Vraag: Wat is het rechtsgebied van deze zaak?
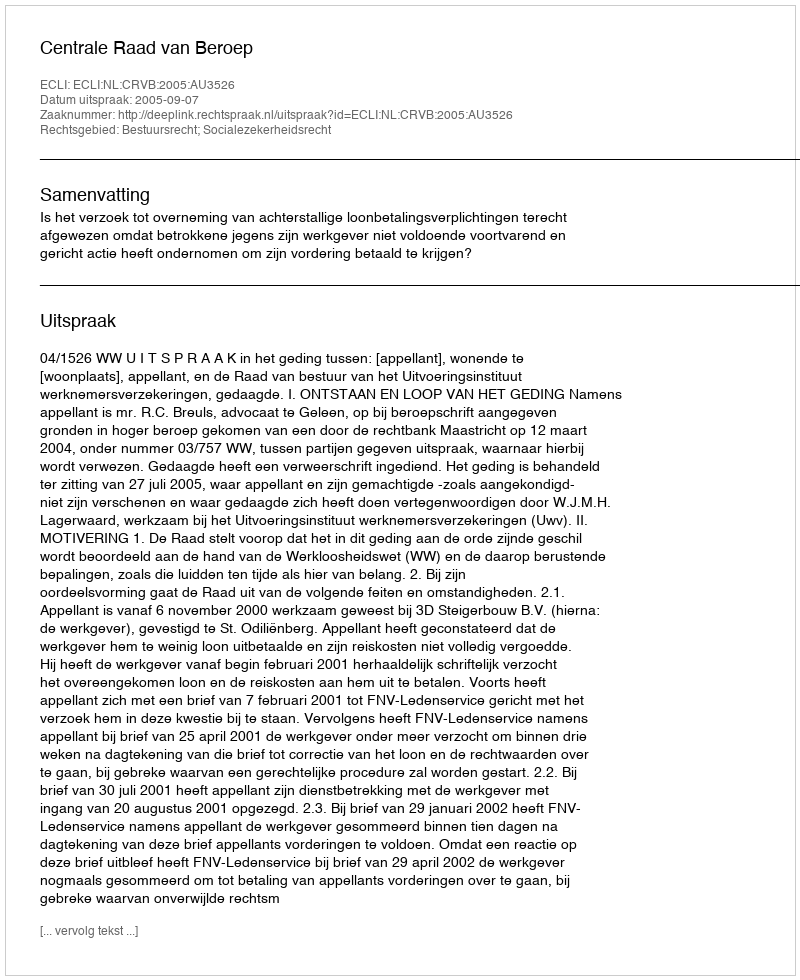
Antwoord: Bestuursrecht; Socialezekerheidsrecht